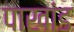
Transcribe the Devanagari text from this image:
पाखांड